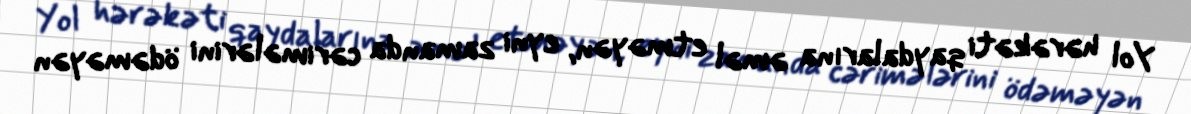
Yol hərəkəti qaydalarına əməl etməyən, eyni zamanda cərimələrini ödəməyən